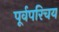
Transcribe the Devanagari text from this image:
पूर्वपरिचय